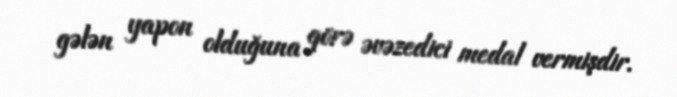
gələn yapon olduğuna görə əvəzedici medal vermişdir.